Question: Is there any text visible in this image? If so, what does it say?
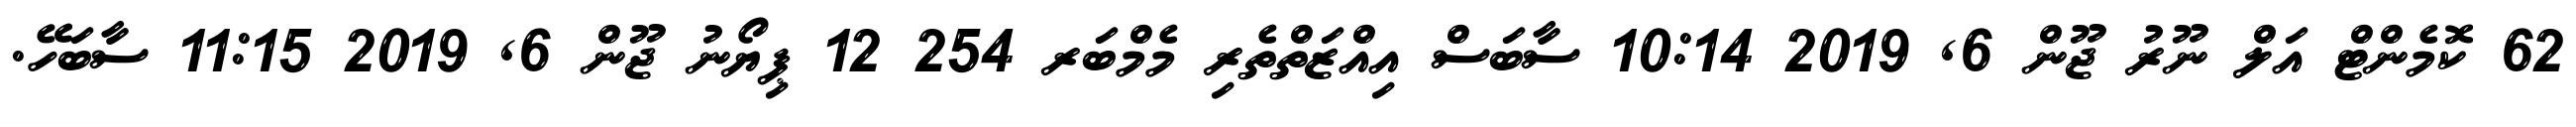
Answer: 62 ކޮމެންޓް އަލް ނޫރު ޖޫން 6, 2019 10:14 ސާބަސް އިއްޒަތްތެރި މެމްބަރ 254 12 ޕިޔޯނު ޖޫން 6, 2019 11:15 ސާބަހޭ.